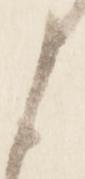
と